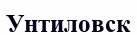
Унтиловск